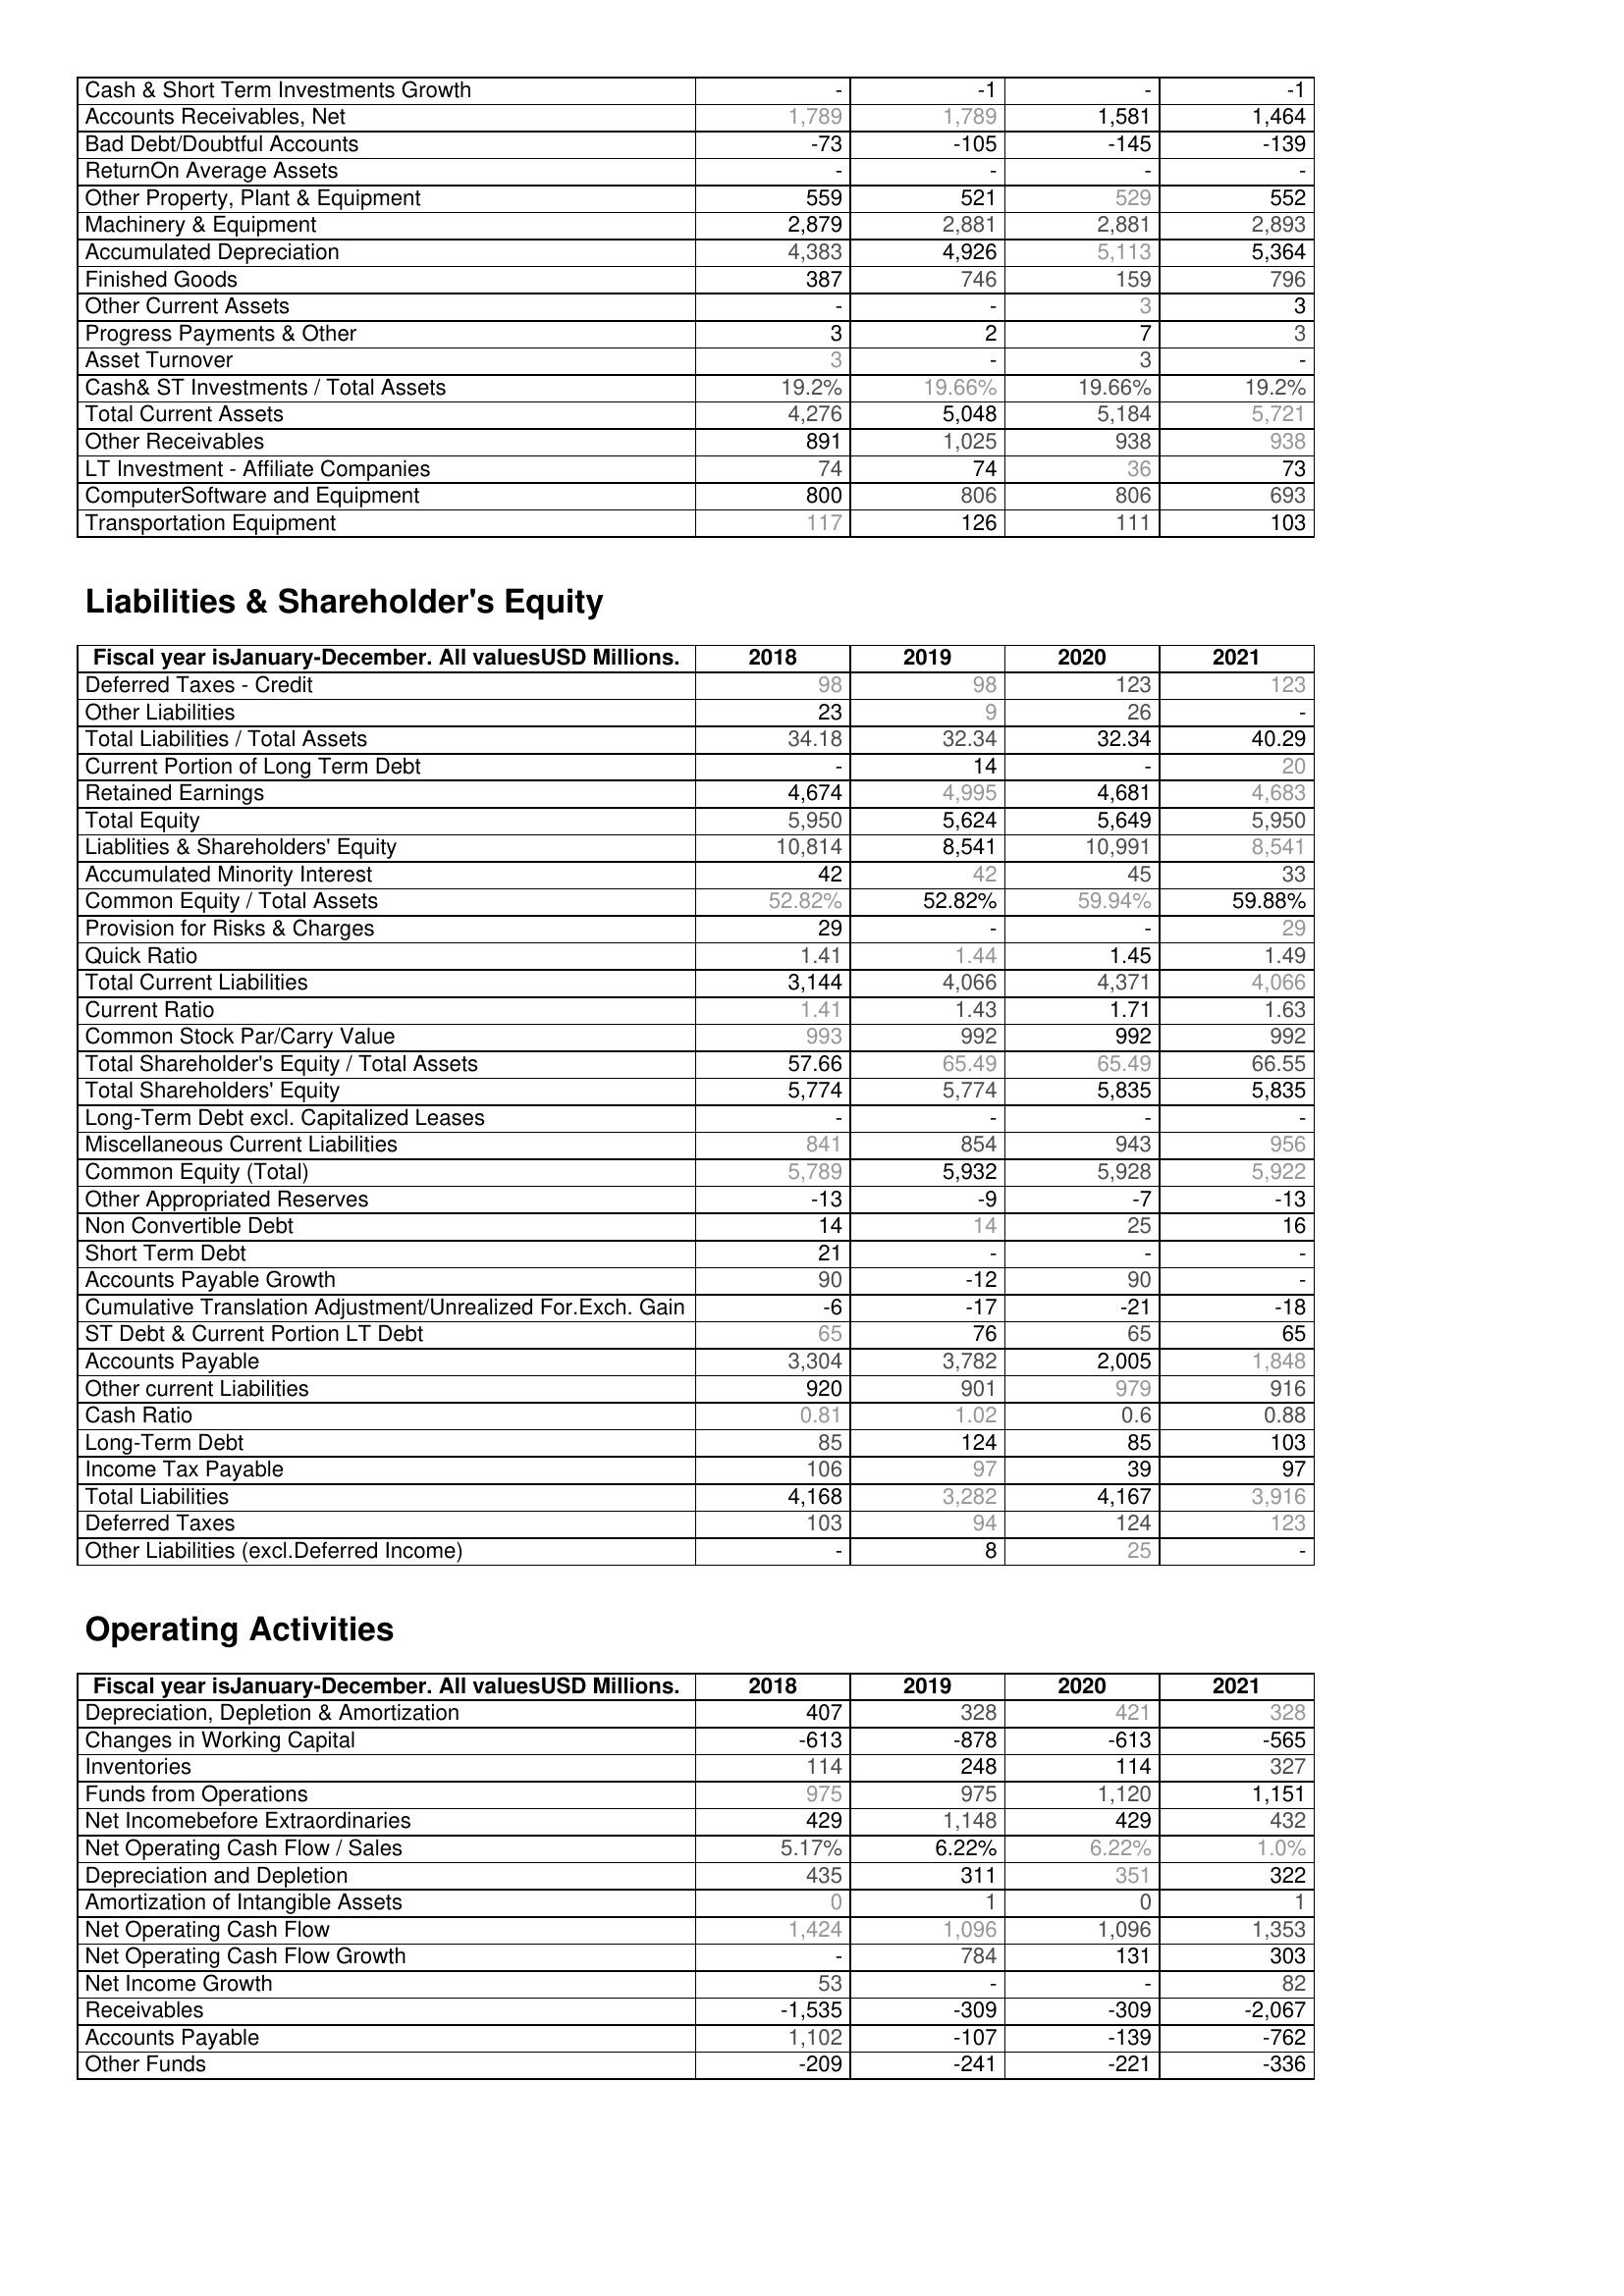
2018: Assets: Cash & Short Term Investments Growth: -
Accounts Receivables, Net: 1,789
Bad Debt/Doubtful Accounts: -73
ReturnOn Average Assets: -
Other Property, Plant & Equipment: 559
Machinery & Equipment: 2,879
Accumulated Depreciation: 4,383
Finished Goods: 387
Other Current Assets: -
Progress Payments & Other: 3
Asset Turnover: 3
Cash& ST Investments / Total Assets: 19.2%
Total Current Assets: 4,276
Other Receivables: 891
LT Investment - Affiliate Companies: 74
ComputerSoftware and Equipment: 800
Transportation Equipment: 117
Liabilities & Shareholder's Equity: Deferred Taxes - Credit: 98
Other Liabilities: 23
Total Liabilities / Total Assets: 34.18
Current Portion of Long Term Debt: -
Retained Earnings: 4,674
Total Equity: 5,950
Liablities & Shareholders' Equity: 10,814
Accumulated Minority Interest: 42
Common Equity / Total Assets: 52.82%
Provision for Risks & Charges: 29
Quick Ratio: 1.41
Total Current Liabilities: 3,144
Current Ratio: 1.41
Common Stock Par/Carry Value: 993
Total Shareholder's Equity / Total Assets: 57.66
Total Shareholders' Equity: 5,774
Long-Term Debt excl. Capitalized Leases: -
Miscellaneous Current Liabilities: 841
Common Equity (Total): 5,789
Other Appropriated Reserves: -13
Non Convertible Debt: 14
Short Term Debt: 21
Accounts Payable Growth: 90
Cumulative Translation Adjustment/Unrealized For.Exch. Gain: -6
ST Debt & Current Portion LT Debt: 65
Accounts Payable: 3,304
Other current Liabilities: 920
Cash Ratio: 0.81
Long-Term Debt: 85
Income Tax Payable: 106
Total Liabilities: 4,168
Deferred Taxes: 103
Other Liabilities (excl.Deferred Income): -
Operating Activities: Depreciation, Depletion & Amortization: 407
Changes in Working Capital: -613
Inventories: 114
Funds from Operations: 975
Net Incomebefore Extraordinaries: 429
Net Operating Cash Flow / Sales: 5.17%
Depreciation and Depletion: 435
Amortization of Intangible Assets: 0
Net Operating Cash Flow: 1,424
Net Operating Cash Flow Growth: -
Net Income Growth: 53
Receivables: -1,535
Accounts Payable: 1,102
Other Funds: -209
2019: Assets: Cash & Short Term Investments Growth: -1
Accounts Receivables, Net: 1,789
Bad Debt/Doubtful Accounts: -105
ReturnOn Average Assets: -
Other Property, Plant & Equipment: 521
Machinery & Equipment: 2,881
Accumulated Depreciation: 4,926
Finished Goods: 746
Other Current Assets: -
Progress Payments & Other: 2
Asset Turnover: -
Cash& ST Investments / Total Assets: 19.66%
Total Current Assets: 5,048
Other Receivables: 1,025
LT Investment - Affiliate Companies: 74
ComputerSoftware and Equipment: 806
Transportation Equipment: 126
Liabilities & Shareholder's Equity: Deferred Taxes - Credit: 98
Other Liabilities: 9
Total Liabilities / Total Assets: 32.34
Current Portion of Long Term Debt: 14
Retained Earnings: 4,995
Total Equity: 5,624
Liablities & Shareholders' Equity: 8,541
Accumulated Minority Interest: 42
Common Equity / Total Assets: 52.82%
Provision for Risks & Charges: -
Quick Ratio: 1.44
Total Current Liabilities: 4,066
Current Ratio: 1.43
Common Stock Par/Carry Value: 992
Total Shareholder's Equity / Total Assets: 65.49
Total Shareholders' Equity: 5,774
Long-Term Debt excl. Capitalized Leases: -
Miscellaneous Current Liabilities: 854
Common Equity (Total): 5,932
Other Appropriated Reserves: -9
Non Convertible Debt: 14
Short Term Debt: -
Accounts Payable Growth: -12
Cumulative Translation Adjustment/Unrealized For.Exch. Gain: -17
ST Debt & Current Portion LT Debt: 76
Accounts Payable: 3,782
Other current Liabilities: 901
Cash Ratio: 1.02
Long-Term Debt: 124
Income Tax Payable: 97
Total Liabilities: 3,282
Deferred Taxes: 94
Other Liabilities (excl.Deferred Income): 8
Operating Activities: Depreciation, Depletion & Amortization: 328
Changes in Working Capital: -878
Inventories: 248
Funds from Operations: 975
Net Incomebefore Extraordinaries: 1,148
Net Operating Cash Flow / Sales: 6.22%
Depreciation and Depletion: 311
Amortization of Intangible Assets: 1
Net Operating Cash Flow: 1,096
Net Operating Cash Flow Growth: 784
Net Income Growth: -
Receivables: -309
Accounts Payable: -107
Other Funds: -241
2020: Assets: Cash & Short Term Investments Growth: -
Accounts Receivables, Net: 1,581
Bad Debt/Doubtful Accounts: -145
ReturnOn Average Assets: -
Other Property, Plant & Equipment: 529
Machinery & Equipment: 2,881
Accumulated Depreciation: 5,113
Finished Goods: 159
Other Current Assets: 3
Progress Payments & Other: 7
Asset Turnover: 3
Cash& ST Investments / Total Assets: 19.66%
Total Current Assets: 5,184
Other Receivables: 938
LT Investment - Affiliate Companies: 36
ComputerSoftware and Equipment: 806
Transportation Equipment: 111
Liabilities & Shareholder's Equity: Deferred Taxes - Credit: 123
Other Liabilities: 26
Total Liabilities / Total Assets: 32.34
Current Portion of Long Term Debt: -
Retained Earnings: 4,681
Total Equity: 5,649
Liablities & Shareholders' Equity: 10,991
Accumulated Minority Interest: 45
Common Equity / Total Assets: 59.94%
Provision for Risks & Charges: -
Quick Ratio: 1.45
Total Current Liabilities: 4,371
Current Ratio: 1.71
Common Stock Par/Carry Value: 992
Total Shareholder's Equity / Total Assets: 65.49
Total Shareholders' Equity: 5,835
Long-Term Debt excl. Capitalized Leases: -
Miscellaneous Current Liabilities: 943
Common Equity (Total): 5,928
Other Appropriated Reserves: -7
Non Convertible Debt: 25
Short Term Debt: -
Accounts Payable Growth: 90
Cumulative Translation Adjustment/Unrealized For.Exch. Gain: -21
ST Debt & Current Portion LT Debt: 65
Accounts Payable: 2,005
Other current Liabilities: 979
Cash Ratio: 0.6
Long-Term Debt: 85
Income Tax Payable: 39
Total Liabilities: 4,167
Deferred Taxes: 124
Other Liabilities (excl.Deferred Income): 25
Operating Activities: Depreciation, Depletion & Amortization: 421
Changes in Working Capital: -613
Inventories: 114
Funds from Operations: 1,120
Net Incomebefore Extraordinaries: 429
Net Operating Cash Flow / Sales: 6.22%
Depreciation and Depletion: 351
Amortization of Intangible Assets: 0
Net Operating Cash Flow: 1,096
Net Operating Cash Flow Growth: 131
Net Income Growth: -
Receivables: -309
Accounts Payable: -139
Other Funds: -221
2021: Assets: Cash & Short Term Investments Growth: -1
Accounts Receivables, Net: 1,464
Bad Debt/Doubtful Accounts: -139
ReturnOn Average Assets: -
Other Property, Plant & Equipment: 552
Machinery & Equipment: 2,893
Accumulated Depreciation: 5,364
Finished Goods: 796
Other Current Assets: 3
Progress Payments & Other: 3
Asset Turnover: -
Cash& ST Investments / Total Assets: 19.2%
Total Current Assets: 5,721
Other Receivables: 938
LT Investment - Affiliate Companies: 73
ComputerSoftware and Equipment: 693
Transportation Equipment: 103
Liabilities & Shareholder's Equity: Deferred Taxes - Credit: 123
Other Liabilities: -
Total Liabilities / Total Assets: 40.29
Current Portion of Long Term Debt: 20
Retained Earnings: 4,683
Total Equity: 5,950
Liablities & Shareholders' Equity: 8,541
Accumulated Minority Interest: 33
Common Equity / Total Assets: 59.88%
Provision for Risks & Charges: 29
Quick Ratio: 1.49
Total Current Liabilities: 4,066
Current Ratio: 1.63
Common Stock Par/Carry Value: 992
Total Shareholder's Equity / Total Assets: 66.55
Total Shareholders' Equity: 5,835
Long-Term Debt excl. Capitalized Leases: -
Miscellaneous Current Liabilities: 956
Common Equity (Total): 5,922
Other Appropriated Reserves: -13
Non Convertible Debt: 16
Short Term Debt: -
Accounts Payable Growth: -
Cumulative Translation Adjustment/Unrealized For.Exch. Gain: -18
ST Debt & Current Portion LT Debt: 65
Accounts Payable: 1,848
Other current Liabilities: 916
Cash Ratio: 0.88
Long-Term Debt: 103
Income Tax Payable: 97
Total Liabilities: 3,916
Deferred Taxes: 123
Other Liabilities (excl.Deferred Income): -
Operating Activities: Depreciation, Depletion & Amortization: 328
Changes in Working Capital: -565
Inventories: 327
Funds from Operations: 1,151
Net Incomebefore Extraordinaries: 432
Net Operating Cash Flow / Sales: 1.0%
Depreciation and Depletion: 322
Amortization of Intangible Assets: 1
Net Operating Cash Flow: 1,353
Net Operating Cash Flow Growth: 303
Net Income Growth: 82
Receivables: -2,067
Accounts Payable: -762
Other Funds: -336